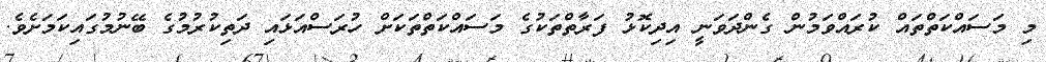
މި މަސައްކަތްތައް ކުރައްވަމުން ގެންދަވަނީ އިދިކޮޅު ފަރާތްތަކުގެ މަސައްކަތްތަކަށް ހުރަސްއަޅައި ދަތިކުރުމުގެ ބޭނުމުގައިކަމަށެވެ.